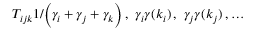
T _ { i j k } \= 1 / \Big ( \gamma _ { i } + \gamma _ { j } + \gamma _ { k } \Big ) \, , \ \gamma _ { i } \= \gamma ( k _ { i } ) \, , \ \gamma _ { j } \= \gamma ( k _ { j } ) \, , \dots